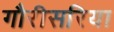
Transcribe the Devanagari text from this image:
गौरीसरिया